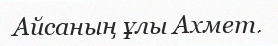
Айсаның ұлы Ахмет.